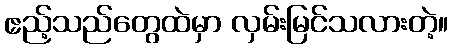
ဧည့်သည်တွေထဲမှာ လှမ်းမြင်သလားတဲ့။